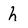
Character: h